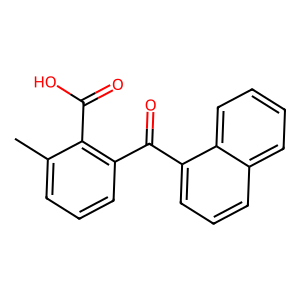
SMILES: Cc1cccc(C(=O)c2cccc3ccccc23)c1C(=O)O
Inhibits HIV replication: No